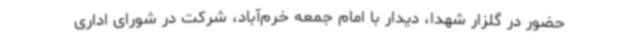
حضور در گلزار شهدا، دیدار با امام جمعه خرم‌آباد، شرکت در شورای اداری